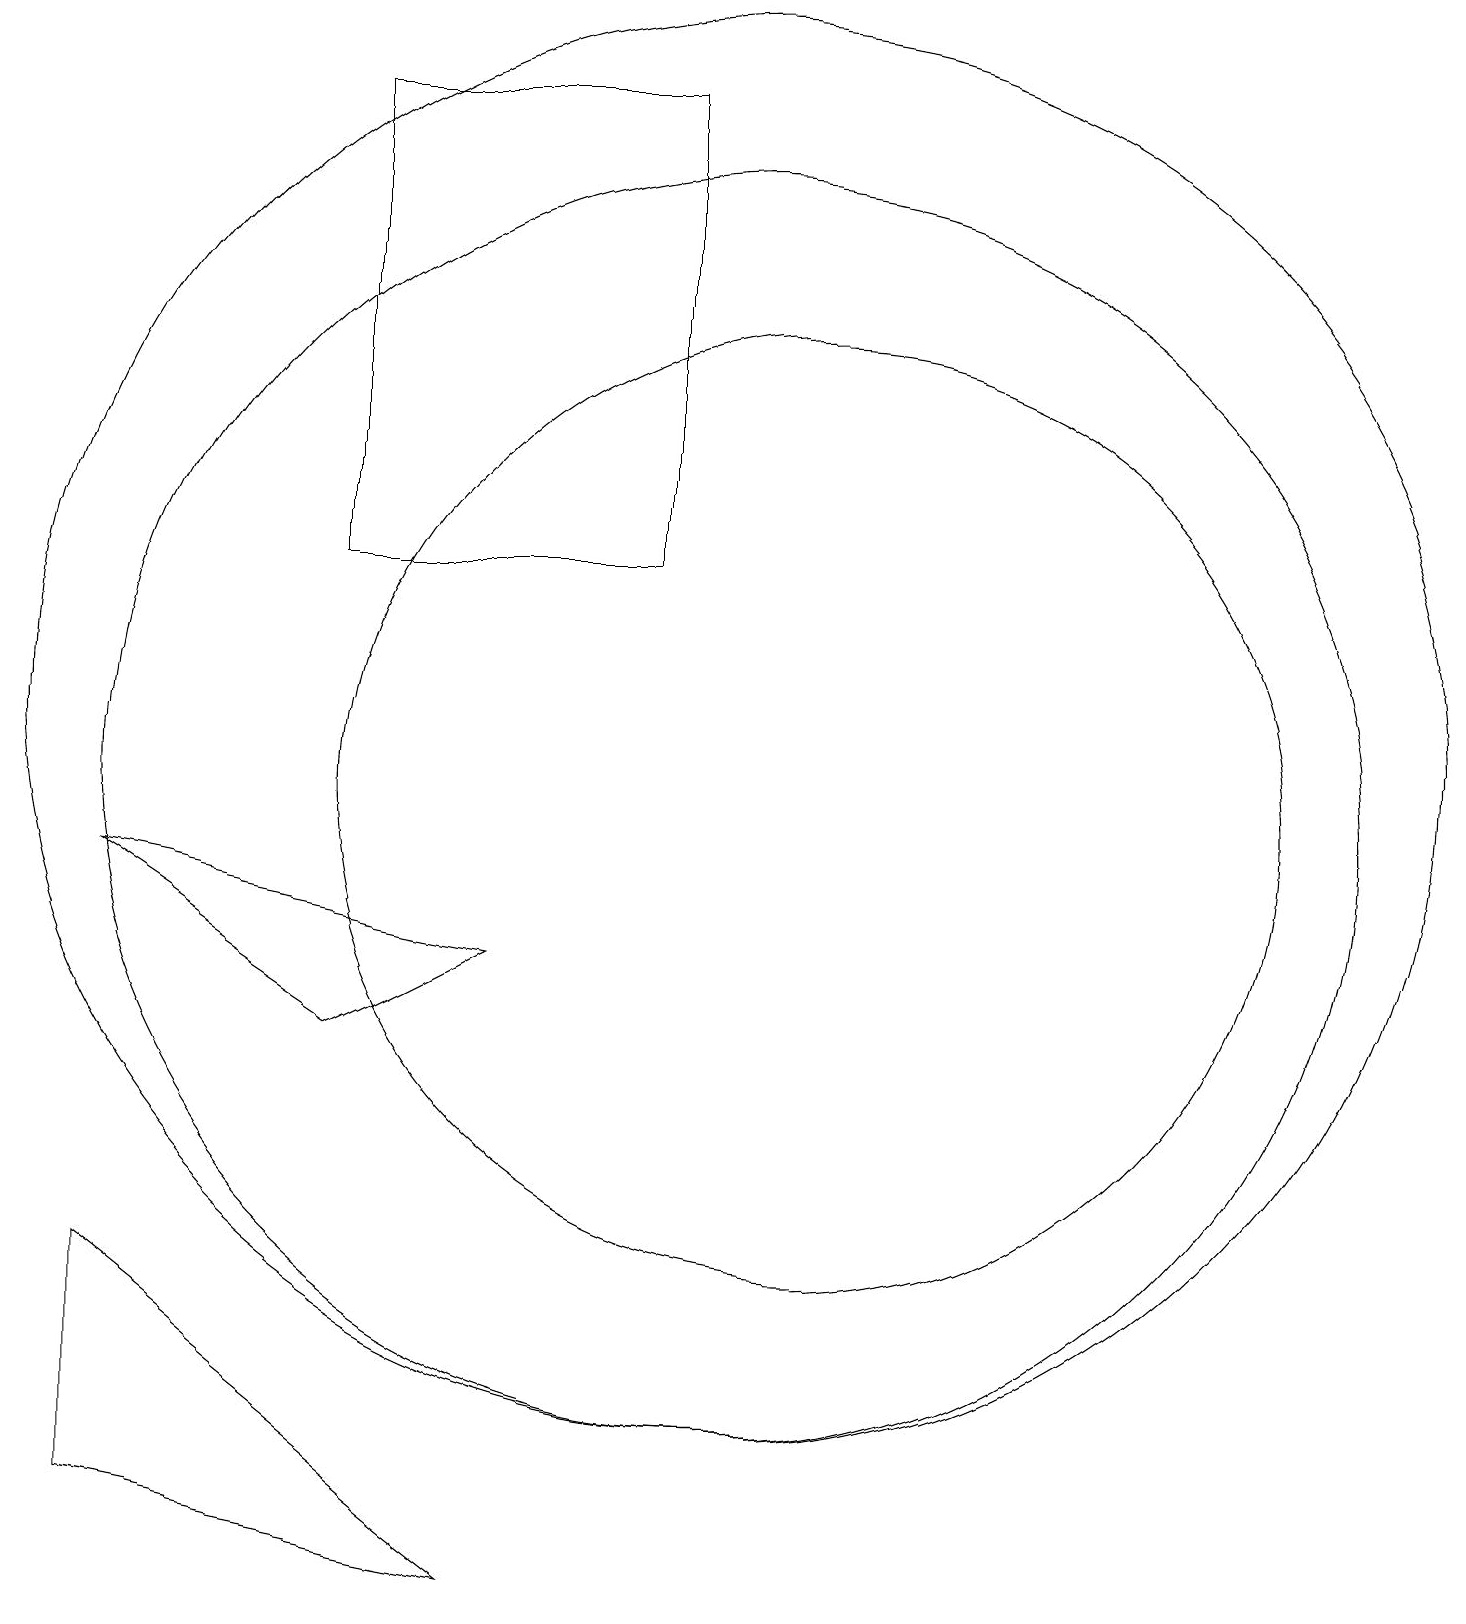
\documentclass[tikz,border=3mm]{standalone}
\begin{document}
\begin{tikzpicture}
\draw (5,7) -- (7,8) -- (2,9) -- cycle;
\draw (9,19) rectangle (5,13);
\draw (10,10) circle (8);
\draw (10,11) circle (9);
\draw (11,10) circle (6);
\draw (12,12) circle (0);
\draw (2,1) -- (7,0) -- (2,4) -- cycle;
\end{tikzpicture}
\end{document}